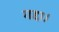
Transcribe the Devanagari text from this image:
गद्दा।